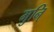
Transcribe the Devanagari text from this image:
मुनि्